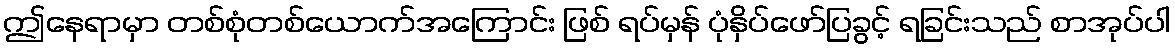
ဤနေရာမှာ တစ်စုံတစ်ယောက်အကြောင်း ဖြစ် ရပ်မှန် ပုံနှိပ်ဖော်ပြခွင့် ရခြင်းသည် စာအုပ်ပါ